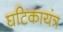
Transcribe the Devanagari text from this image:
घटिकायंत्र